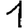
Digit: 1